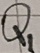
Text: Q1